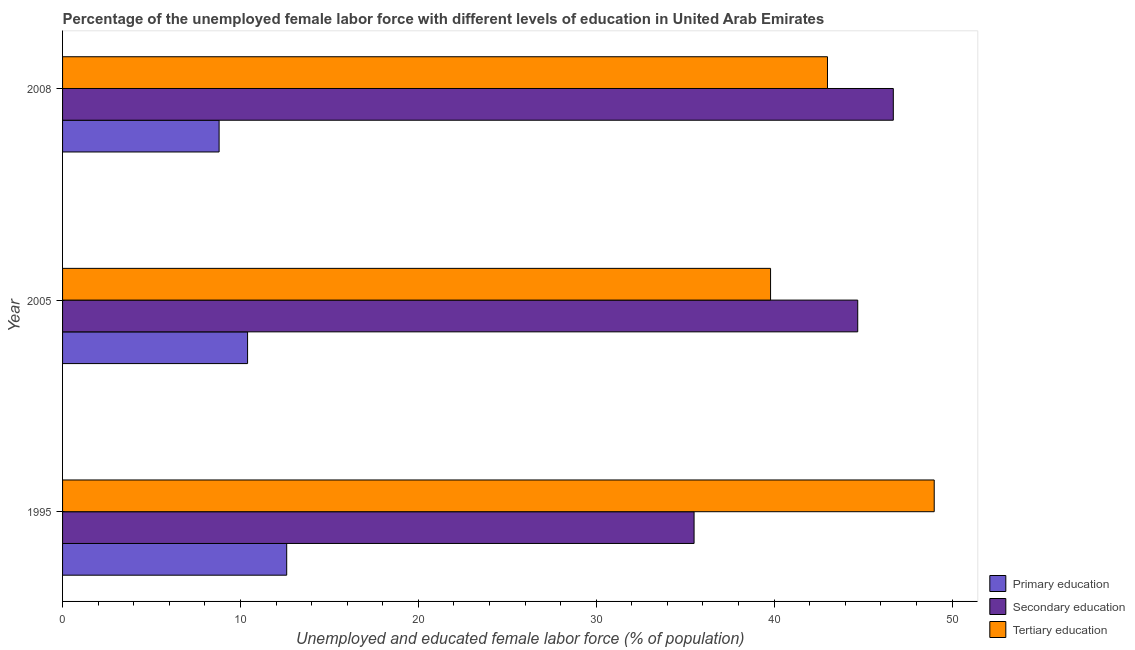
| Year | Primary education | Secondary education | Tertiary education |
 | --- | --- | --- | --- |
 | 1995 | 12.6 | 35.5 | 49 |
 | 2005 | 10.4 | 44.7 | 39.8 |
 | 2008 | 8.8 | 46.7 | 43 |